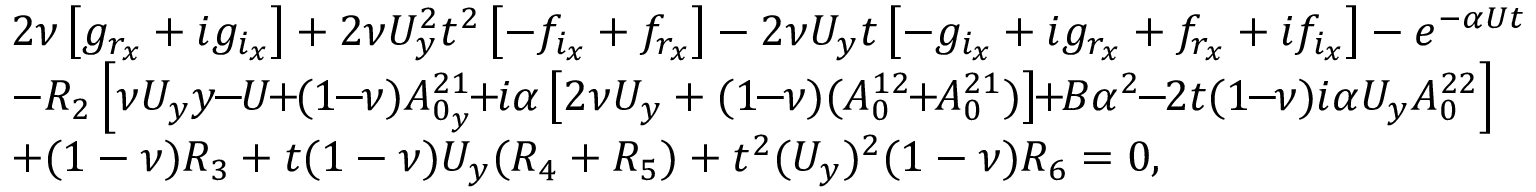
\begin{array} { r l } & { 2 \nu \left[ g _ { r _ { x } } + i g _ { i _ { x } } \right] + 2 \nu U _ { y } ^ { 2 } t ^ { 2 } \left[ - f _ { i _ { x } } + f _ { r _ { x } } \right] - 2 \nu U _ { y } t \left[ - g _ { i _ { x } } + i g _ { r _ { x } } + f _ { r _ { x } } + i f _ { i _ { x } } \right] - e ^ { - \alpha U t } } \\ & { - R _ { 2 } \left[ \nu U _ { y } y \! \! - \! \! U \! \! + \! \! ( 1 \! \! - \! \! \nu ) A _ { 0 _ { y } } ^ { 2 1 } \! \! + \! \! i \alpha \left[ 2 \nu U _ { y } + ( 1 \! \! - \! \! \nu ) ( A _ { 0 } ^ { 1 2 } \! \! + \! \! A _ { 0 } ^ { 2 1 } ) \right] \! \! + \! \! B \alpha ^ { 2 } \! \! - \! \! 2 t ( 1 \! \! - \! \! \nu ) i \alpha U _ { y } A _ { 0 } ^ { 2 2 } \right] } \\ & { + ( 1 - \nu ) R _ { 3 } + t ( 1 - \nu ) U _ { y } ( R _ { 4 } + R _ { 5 } ) + t ^ { 2 } ( U _ { y } ) ^ { 2 } ( 1 - \nu ) R _ { 6 } = 0 , } \end{array}